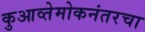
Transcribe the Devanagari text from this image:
कुआव्तेमोकनंतरचा